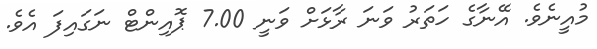
މުއީނެވެ. އޭނާގެ ހަތަރު ވަނަ ރާޅަށް ވަނީ 7.00 ޕޮއިންޓް ނަގައިފަ އެވެ.